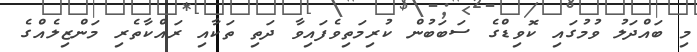
މި ބައްދަލު ވުމުގައި ކޮވިޑްގެ ސަބަބުން ކުރިމަތިވެފައިވާ ދަތި ތަކާއި ރައްކާތެރި މަންޒިލެއްގެ